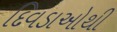
દિવડાઓથી